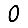
Digit: 0